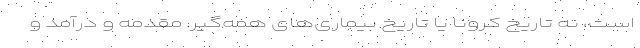
است، نه تاریخ کرونا یا تاریخ بیماری‌های همه‌گیر. مقدمه و درآمد و